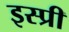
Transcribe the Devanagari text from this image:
इस्प्री